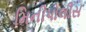
મિનીપોલીસ